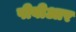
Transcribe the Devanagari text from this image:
पीबीआर